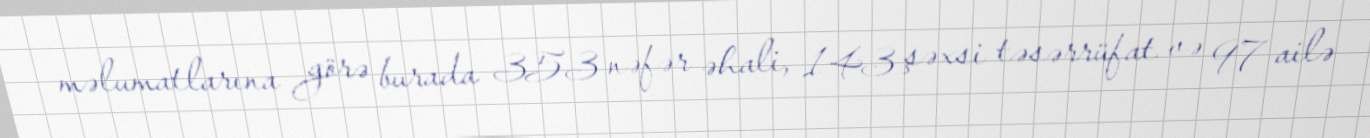
məlumatlarına görə burada 353 nəfər əhali, 143 şəxsi təsərrüfat və 97 ailə